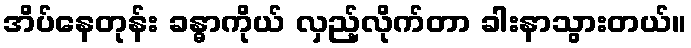
အိပ်နေတုန်း ခန္ဓာကိုယ် လှည့်လိုက်တာ ခါးနာသွားတယ်။